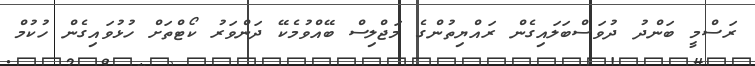
ރަސްމީ ބަންދު ދުވަސްބަލައިގެން ރައްޔިތުންގެ މަޖްލިސް ބޭއްވުމެކޭ ދަންވަރު ކޯޓްތަށް ހުޅުވައިގެން ހުކުމް